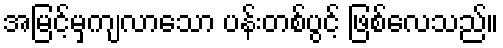
အမြင့်မှကျလာသော ပန်းတစ်ပွင့် ဖြစ်လေသည်။